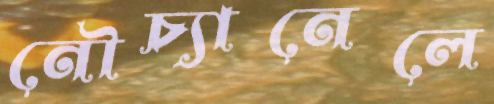
নৌচ্যানেলে